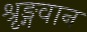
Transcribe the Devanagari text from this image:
श्रृङ्गवान